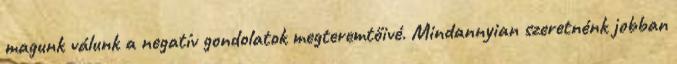
magunk válunk a negatív gondolatok megteremtőivé. Mindannyian szeretnénk jobban